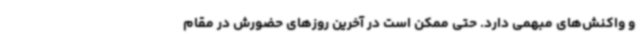
و واکنش‌های مبهمی دارد. حتی ممکن است در آخرین روزهای حضورش در مقام